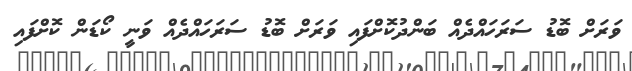
ވަރަށް ބޮޑު ސަރަހައްދެއް ބަންދުކޮށްފައި ވަރަށް ބޮޑު ސަރަހައްދެއް ވަނީ ކޯޑަން ކޮށްފައި